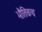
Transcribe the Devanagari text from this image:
भौतिकच